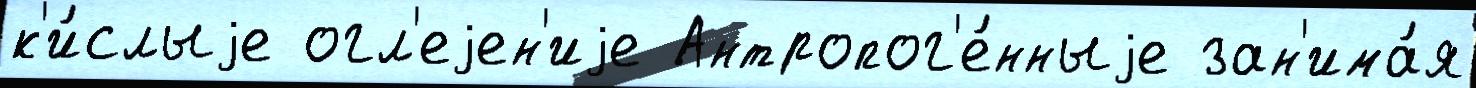
к'и́слыjе огл'еjен'иjе Антропог'е́нныjе зан'има́я